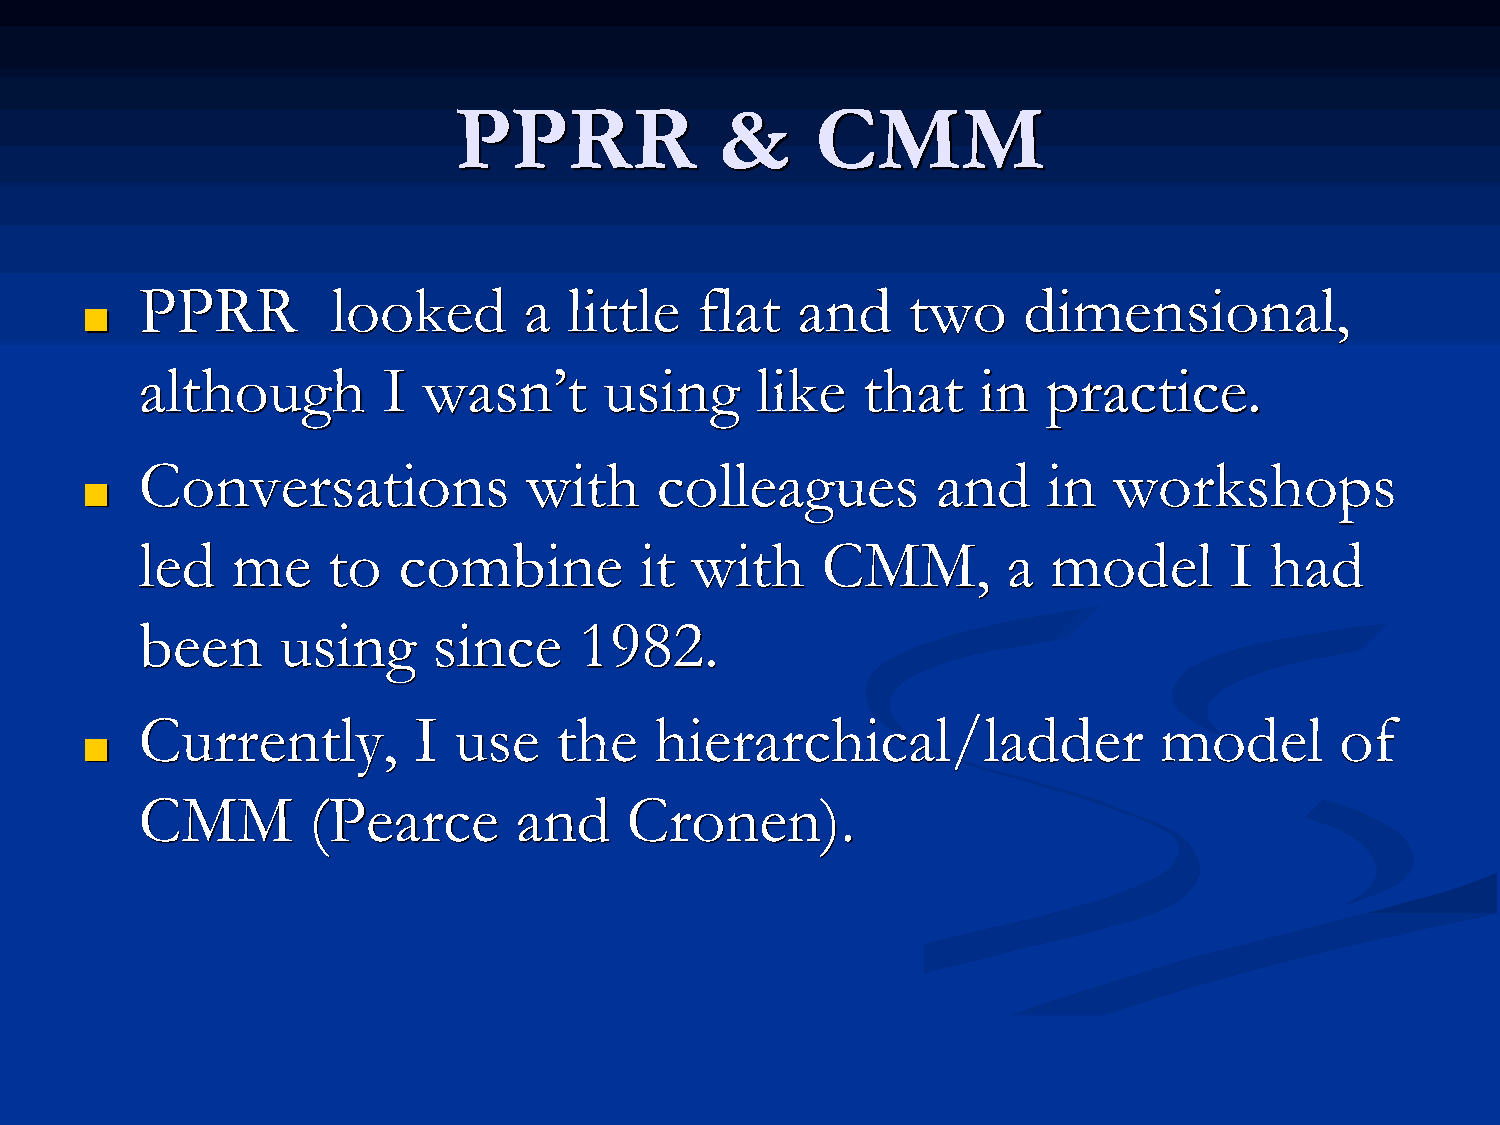
PPRR              &     CMM
 PPRR         looked       a  little  flat   and    two     dimensional,
 ■
 although        I  wasn’t      using     like   that    in  practice.
 Conversations             with    colleagues         and    in   workshops
 ■
 led   me     to  combine         it  with    CMM,         a  model      I  had
 been     using      since    1982.
 Currently,        I  use    the   hierarchical/ladder               model       of
 ■
 CMM        (Pearce       and    Cronen).